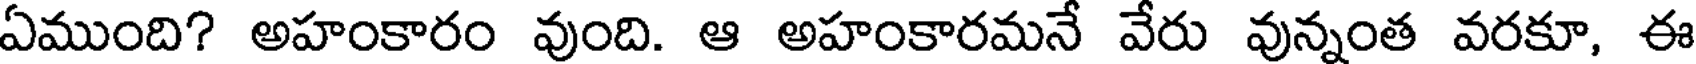
ఏముంది? అహంకారం వుంది. ఆ అహంకారమనే వేరు వున్నంత వరకూ, ఈ